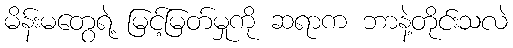
မိန်းမတွေရဲ့ မြင့်မြတ်မှုကို ဆရာက ဘာနဲ့တိုင်းသလဲ